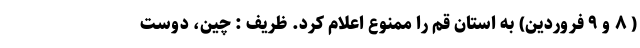
( ۸ و ۹ فروردین) به استان قم را ممنوع اعلام کرد. ظریف : چین، دوست